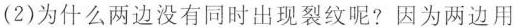
(2)为什么两边没有同时出现裂纹呢?因为两边用